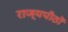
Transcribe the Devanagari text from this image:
राज्यपीठों